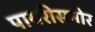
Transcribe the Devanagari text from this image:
पायरीसमोर